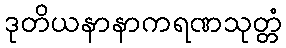
ဒုတိယနာနာကရဏသုတ္တံ